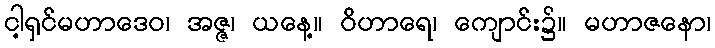
ငါ့ရှင်မဟာဒေဝ၊ အဇ္ဇ၊ ယနေ့။ ဝိဟာရေ၊ ကျောင်း၌။ မဟာဇနော၊